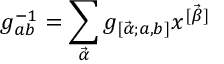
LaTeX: g _ { a b } ^ { - 1 } = \sum _ { \vec { \alpha } } g _ { [ \vec { \alpha } ; a , b ] } x ^ { [ \vec { \beta } ] }